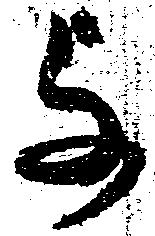
与